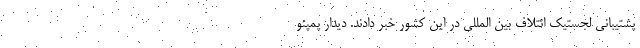
پشتیبانی لجستیک ائتلاف بین المللی در این کشور خبر دادند. دیدار پمپئو